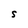
Character: S